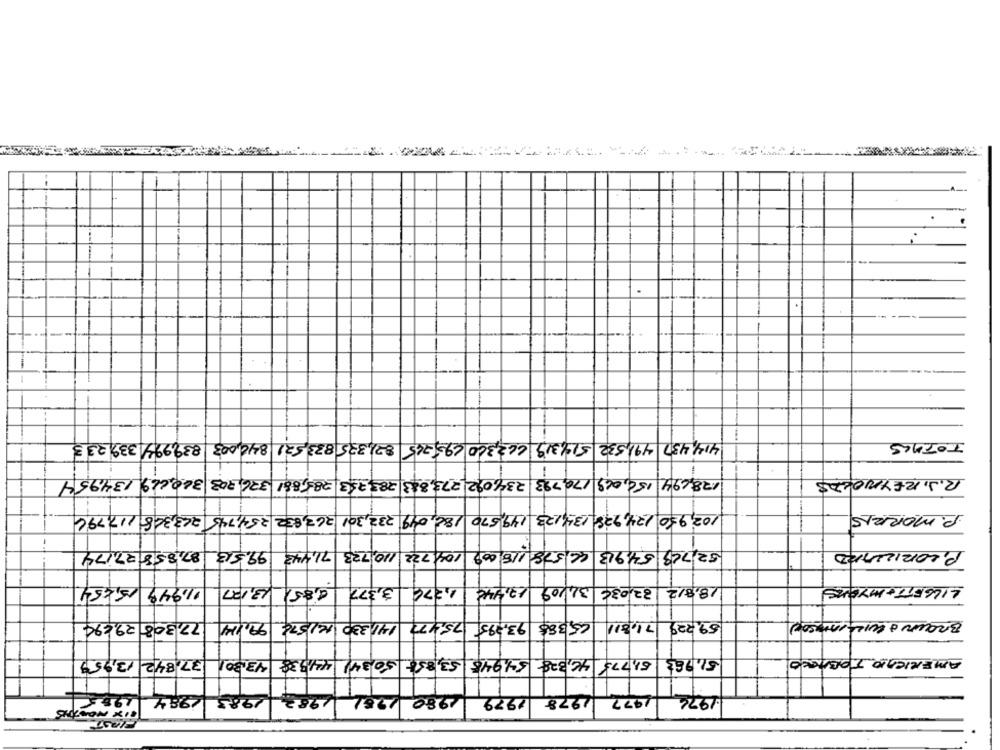
1
414,437 491,532 514319 663360 69-745
82,325 833,521 840,003 839,994 339233
TOTALE
178,494 150,049 170,793 234,092,273,883 283,753, 785,881 326,303 360,669 134,954
R.J.REYNOLDS
102,950 124,928 134,123 149,570 186, 049 232,301 263,832 254,745 263,368 117,794
P. MORRIS
-
99.513 87,85827.174
71,443
52,729 54,913 (4, 578 115,009 104, 722 110,723
PILORILLARD
11,949 15,454
4.85/ 13,127
17,446 1,376 3,377
18,812 32,036 31,109
LILGETT+MYORE
93,295 75,473 141,330 161576 99,114 77,308 29,694
59,229 71,811 65 388
Braun & WILLmissed
51.783 51,775 44,328 54,945 53,855 50341 44338 43,301 37, 842 13,959
AMERICAIO TOBACCO
1982 2983 1/984
11980
1976
1985
1979
1978
1/977